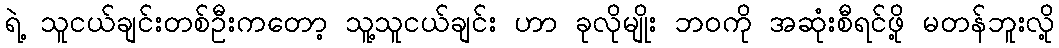
ရဲ့ သူငယ်ချင်းတစ်ဦးကတော့ သူ့သူငယ်ချင်း ဟာ ခုလိုမျိုး ဘဝကို အဆုံးစီရင်ဖို့ မတန်ဘူးလို့